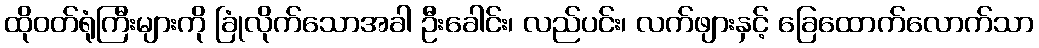
ထိုဝတ်ရုံကြီးများကို ခြုံလိုက်သောအခါ ဦးခေါင်း၊ လည်ပင်း၊ လက်ဖျားနှင့် ခြေထောက်လောက်သာ